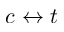
c \leftrightarrow t